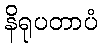
နိရုပတာပံ